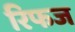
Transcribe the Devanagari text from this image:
रिफज